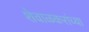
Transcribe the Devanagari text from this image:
शेवाळकरांच्या